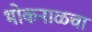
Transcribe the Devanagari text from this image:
भोकनाळचा